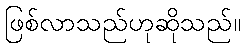
ဖြစ်လာသည်ဟုဆိုသည်။